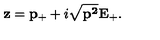
{ \bf z } = { \bf p } _ { + } + i \sqrt { { \bf p ^ { 2 } } } { \bf E } _ { + } .